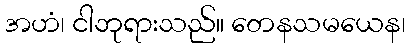
အဟံ၊ ငါဘုရားသည်။ တေနသမယေန၊